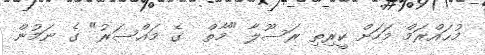
މުޙައްރަމް މަހަށް ކީރިތި ރަސޫލާ "މާތް  ގެ މައްސަރު" ގެ ނަމުން